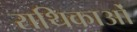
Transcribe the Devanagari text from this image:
राथिकाओं